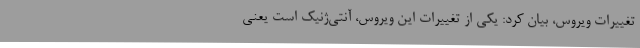
تغییرات ویروس، بیان کرد: یکی از تغییرات این ویروس، آنتی‌ژنیک است یعنی